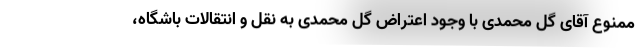
ممنوع آقای گل محمدی با وجود اعتراض گل محمدی به نقل و انتقالات باشگاه،